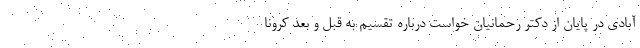
‌آبادی در پایان از دکتر رحمانیان خواست درباره تقسیم به قبل و بعد کرونا